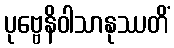
ပုဗ္ဗေနိဝါသာနုဿတိံ